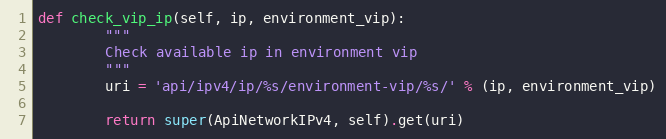
Language: Python
def check_vip_ip(self, ip, environment_vip):
        """
        Check available ip in environment vip
        """
        uri = 'api/ipv4/ip/%s/environment-vip/%s/' % (ip, environment_vip)

        return super(ApiNetworkIPv4, self).get(uri)